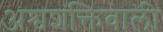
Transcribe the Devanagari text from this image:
अश्वशक्तिवाली